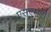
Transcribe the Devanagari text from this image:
एसएसटी